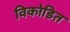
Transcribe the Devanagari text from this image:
विकोडित